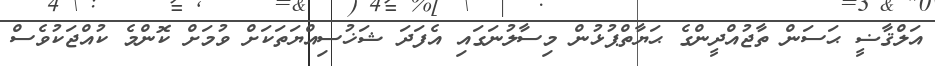
އަލްޤާޟީ ޙަސަން ތާޖުއްދީންގެ ޙަޔާތްޕުޅުން މިސާލުނަގައި އެފަދަ ޝަޚުސިއްޔަތަކަށް ވުމަށް ކޮންމެ ކުއްޖަކުވެސް